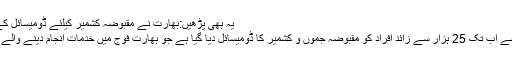
یہ بھی پڑھیں:بھارت نے مقبوضہ کشمیر کیلئے ڈومیسائل کے نئے قوانین متعارف کرادیے
رپورٹ کے مطابق 18 مئی سے اب تک 25 ہزار سے زائد افراد کو مقبوضہ جموں و کشمیر کا ڈومیسائل دیا گیا ہے جو بھارت فوج میں خدمات انجام دینے والے دیگر ریاستوں کے شہری ہیں۔